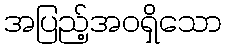
အပြည့်အဝရှိသော